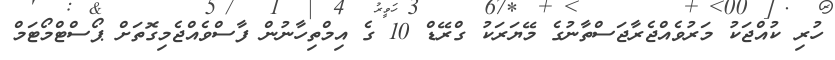
ހުރި ކުއްޖަކު މަރުވެއްޖެރާޖަސްތާނުގެ މޭޔަރަކު ގްރޭޑް 10 ގެ އިމްތިހާނުން ފާސްވެއްޖެމިގޮތަށް ޕޯސްޓްމޯޓަމް